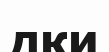
дки